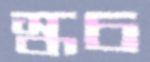
স্কচ